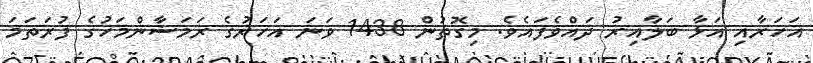
އަހަރާއި އަޅާ ބަލާއިރު ދައްވެފައެވެ. މިގޮތުން 1438 ވަނަ އަހަރުގެ ރަމަޟާންމަހުގެ ފުރަތަމަ